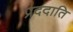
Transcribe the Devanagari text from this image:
प्रददाति